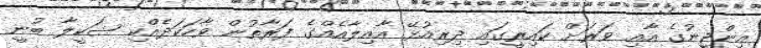
އިންޖީނުގެ އާއި ވަރަށް ކައިރީގައި ދިރިއުޅޭ އާއިލާއެއްގެ ފަރާތުން ވާހަކަދެއްކި ޝަކީލާ ބުނީ